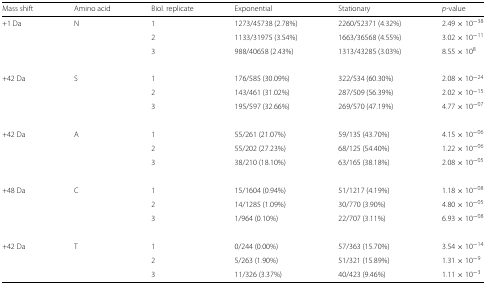
<table><thead><tr><td><b>Mass shift</b></td><td><b>Amino acid</b></td><td><b>Biol. replicate</b></td><td><b>Exponential</b></td><td><b>Stationary</b></td><td><b><i>p</i>-value</b></td></tr></thead><tbody><tr><td>+1 Da</td><td>N</td><td>1</td><td>1273/45738 (2.78%)</td><td>2260/52371 (4.32%)</td><td>2.49×10<sup>−38</sup></td></tr><tr><td></td><td></td><td>2</td><td>1133/31975 (3.54%)</td><td>1663/36568 (4.55%)</td><td>3.02×10<sup>−11</sup></td></tr><tr><td></td><td></td><td>3</td><td>988/40658 (2.43%)</td><td>1313/43285 (3.03%)</td><td>8.55×10<sup>8</sup></td></tr><tr><td>+42 Da</td><td>S</td><td>1</td><td>176/585 (30.09%)</td><td>322/534 (60.30%)</td><td>2.08×10<sup>−24</sup></td></tr><tr><td></td><td></td><td>2</td><td>143/461 (31.02%)</td><td>287/509 (56.39%)</td><td>2.02×10<sup>−15</sup></td></tr><tr><td></td><td></td><td>3</td><td>195/597 (32.66%)</td><td>269/570 (47.19%)</td><td>4.77×10<sup>−07</sup></td></tr><tr><td>+42 Da</td><td>A</td><td>1</td><td>55/261 (21.07%)</td><td>59/135 (43.70%)</td><td>4.15×10<sup>−06</sup></td></tr><tr><td></td><td></td><td>2</td><td>55/202 (27.23%)</td><td>68/125 (54.40%)</td><td>1.22×10<sup>−06</sup></td></tr><tr><td></td><td></td><td>3</td><td>38/210 (18.10%)</td><td>63/165 (38.18%)</td><td>2.08×10<sup>−05</sup></td></tr><tr><td>+48 Da</td><td>C</td><td>1</td><td>15/1604 (0.94%)</td><td>51/1217 (4.19%)</td><td>1.18×10<sup>−08</sup></td></tr><tr><td></td><td></td><td>2</td><td>14/1285 (1.09%)</td><td>30/770 (3.90%)</td><td>4.80×10<sup>−05</sup></td></tr><tr><td></td><td></td><td>3</td><td>1/964 (0.10%)</td><td>22/707 (3.11%)</td><td>6.93×10<sup>−08</sup></td></tr><tr><td>+42 Da</td><td>T</td><td>1</td><td>0/244 (0.00%)</td><td>57/363 (15.70%)</td><td>3.54×10<sup>−14</sup></td></tr><tr><td></td><td></td><td>2</td><td>5/263 (1.90%)</td><td>51/321 (15.89%)</td><td>1.31×10<sup>−9</sup></td></tr><tr><td></td><td></td><td>3</td><td>11/326 (3.37%)</td><td>40/423 (9.46%)</td><td>1.11×10<sup>−3</sup></td></tr></tbody></table>